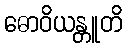
ဓောဝိယန္တူတိ